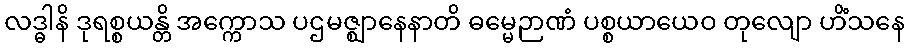
လဒ္ဓါနိ ဒုရစ္စယန္တိ အက္ကောသ ပဌမဇ္ဈာနေနာတိ ဓမ္မေဉာဏံ ပစ္စယာယေဝ တုလျော ဟိံသနေ